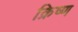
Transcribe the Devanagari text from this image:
क्रिष्ण